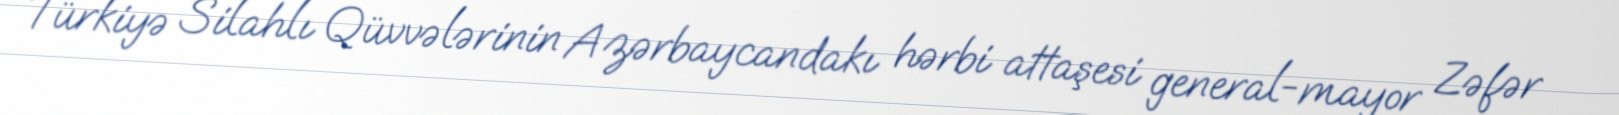
Türkiyə Silahlı Qüvvələrinin Azərbaycandakı hərbi attaşesi general-mayor Zəfər